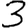
Digit: 3